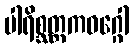
ပါရိစ္ဆတ္တကဝဂ္ဂေါ